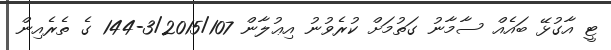
ޓީ އާގުޅޭ ބައެއް ސާމާނު ގަތުމަށް ކުރެވުނު އިޢުލާން 3/2015/107-144 ގެ ތެރެއިން